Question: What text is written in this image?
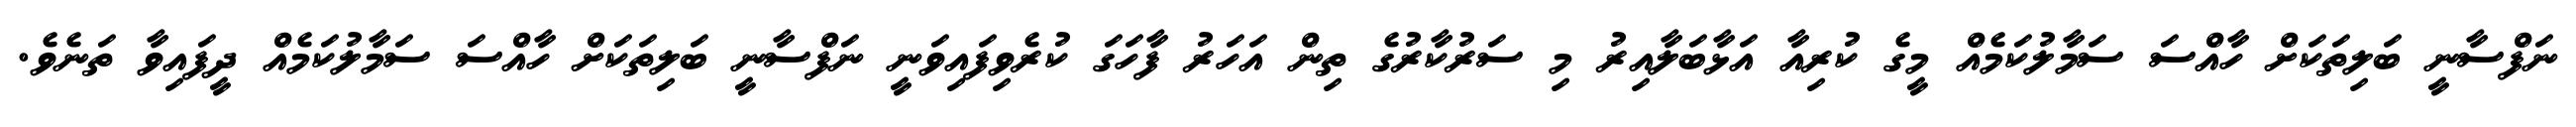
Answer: ނަފްސާނީ ބަލިތަކަށް ހާއްސަ ސަމާލުކަމެއް މީގެ ކުރިއާ އަޅާބަލާއިރު މި ސަރުކާރުގެ ތިން އަހަރު ފާހަގަ ކުރެވިފައިވަނީ ނަފްސާނީ ބަލިތަކަށް ހާއްސަ ސަމާލުކަމެއް ދީފައިވާ ތަނެވެ.